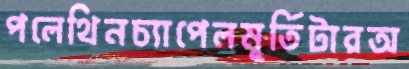
পলেথিনচ্যাপেলমূর্তিটারঅ